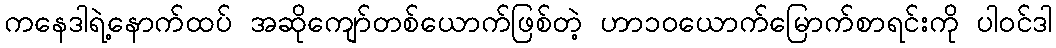
ကနေဒါရဲ့နောက်ထပ် အဆိုကျော်တစ်ယောက်ဖြစ်တဲ့ ဟာ၁၀ယောက်မြောက်စာရင်းကို ပါဝင်ဒါ